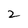
Character: 2